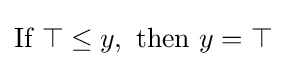
{\mbox{If }}\top \leq y,{\mbox{ then }}y=\top